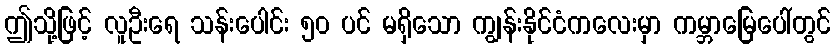
ဤသို့ဖြင့် လူဦးရေ သန်းပေါင်း ၅၀ ပင် မရှိသော ကျွန်းနိုင်ငံကလေးမှာ ကမ္ဘာမြေပေါ်တွင်